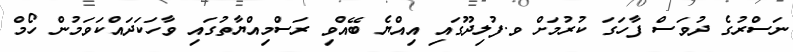
ނަސްރުގެ ދުވަސް ފާހަގަ ކުރުމަށް ވ.ފުލިދޫގައި އިއްޔެ ބޭއްވި ރަސްމިއްޔާތުގައި ވާހަކަދައްކަވަމުން ހޯމް